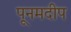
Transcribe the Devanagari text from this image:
पूनमदीप